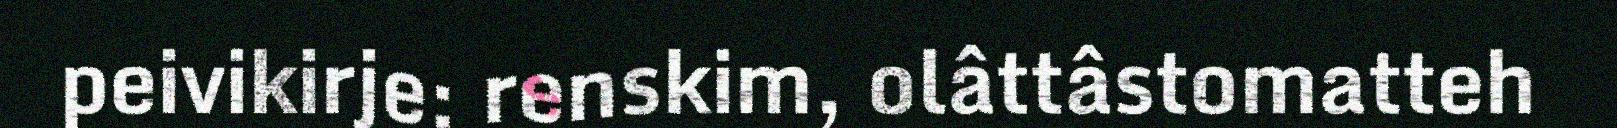
peivikirje: renskim, olâttâstomatteh